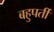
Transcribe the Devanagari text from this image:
बहुपर्ती